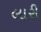
લારી